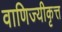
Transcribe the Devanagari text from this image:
वाणिज्यीकृत्त